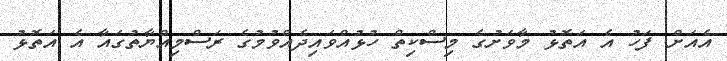
އެއަށް ފަހު އެ އަތޮޅު މާވަށުގެ މިސްކިތް ހުޅުއްވައިދެއްވުމުގެ ރަސްމިއްޔާތުގައާ އެ އަތޮޅު